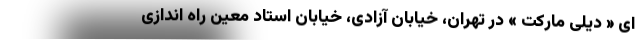
ای « دیلی مارکت » در تهران، خیابان آزادی، خیابان استاد معین راه اندازی